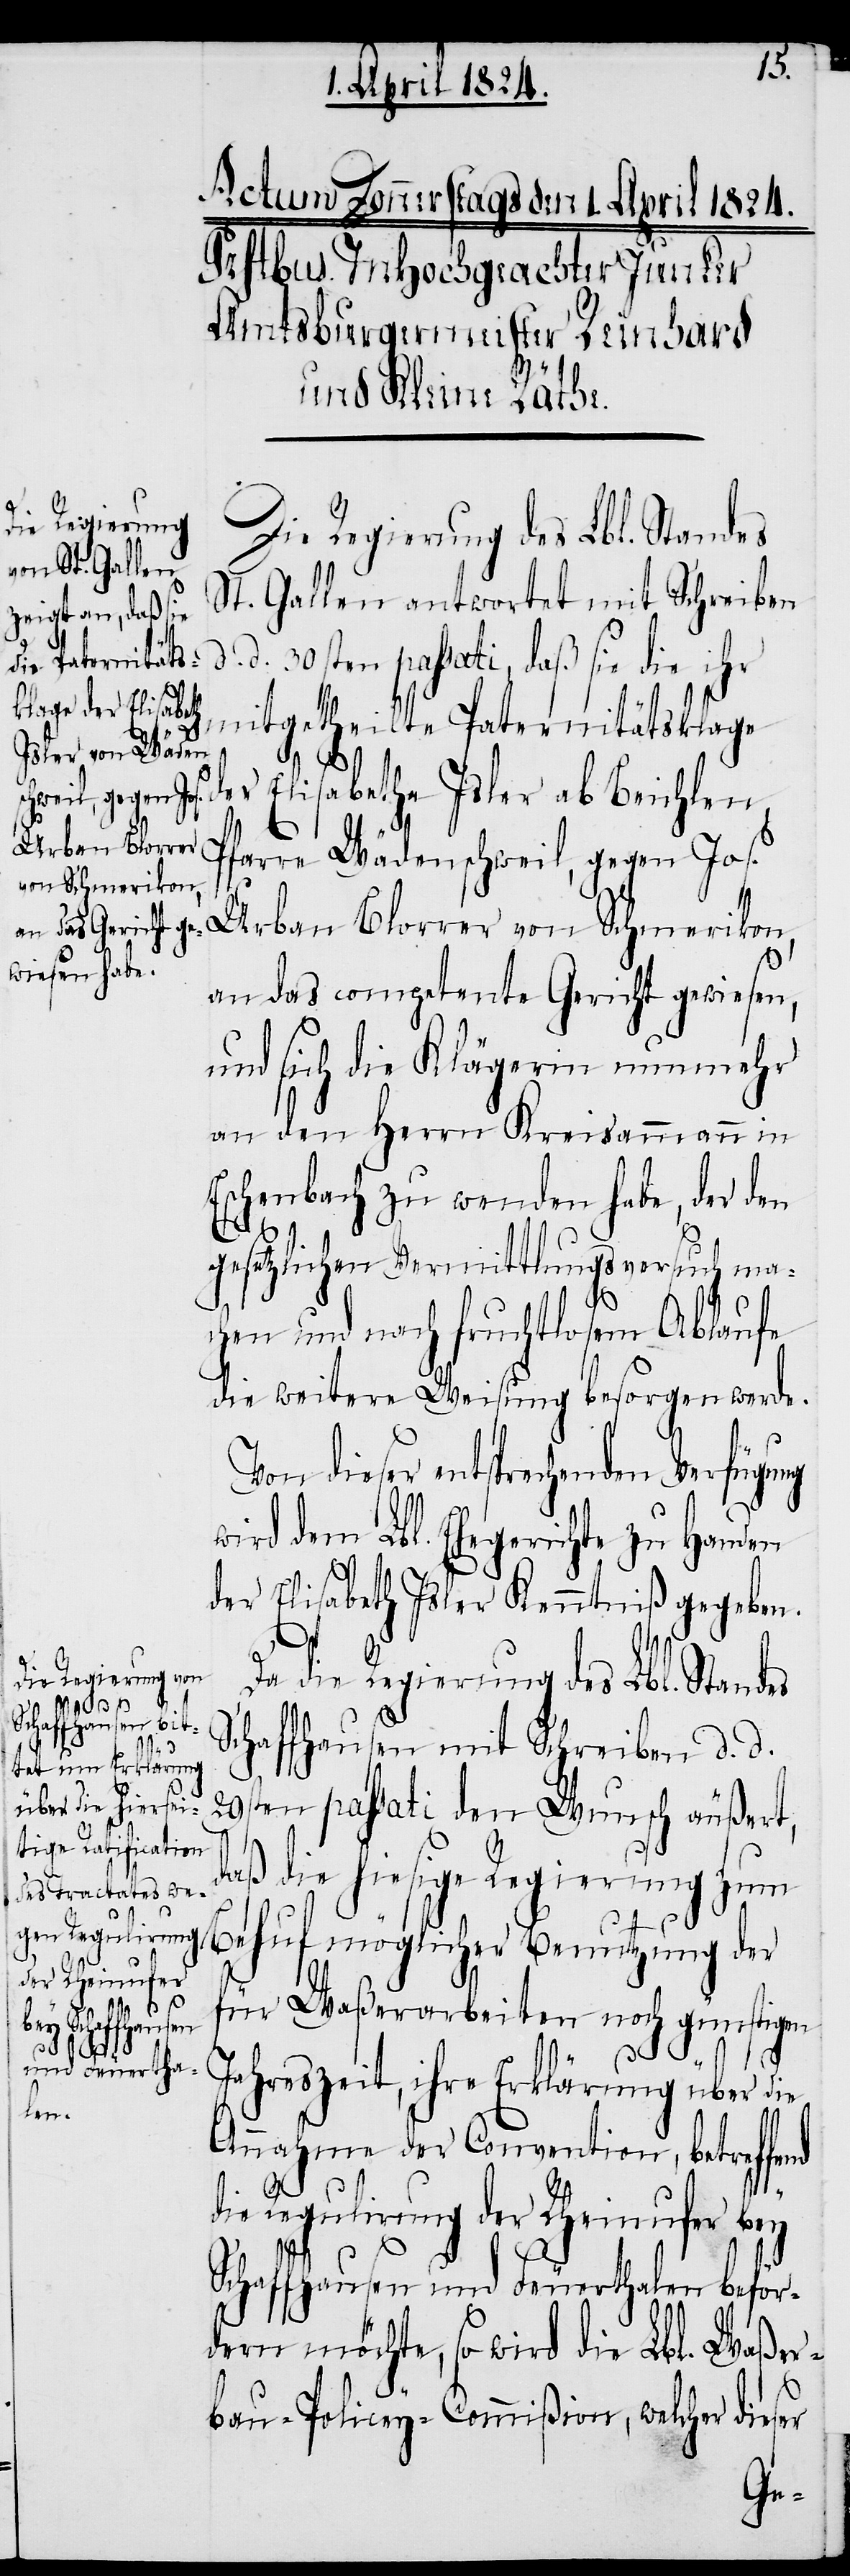
Die Regierung des Lbl. Standes
St. Gallen antwortet, mit Schreiben
d. d. 30sten passati, daß sie die ihr
mitgetheilte Paternitätsklage
der
Elisabetha Isler ab Beichlen,
Pfarre Wädenschweil, gegen Jos.
Urban Blorrer von Schmerikon,
an das competente Gericht gewiesen,
und sich die Klägerin nunmehr
an den Herrn Kreisammann in
Eschenbach zu wenden habe, der den
gesetzlichen Vermittlungsversuch ma¬
chen und nach fruchtlosem Ablaufe
die weitere Weisung besorgen werde.
Von dieser entsprechenden Verfügung
wird dem Lbl. Ehegerichte zu Handen
der Elisabeth Isler Kenntniß gegeben.
Da die Regierung des Lbl. Standes
Schaffhausen mit Schreiben d. d.
29sten passati den Wunsch äußert,
daß die hiesige Regierung zum
Behuf möglicher Benutzung der
für Waßerarbeiten noch günstigen
Jahreszeit, ihre Erklärung über die
Annahme der Convention, betreffe¬
die Regulirung der Rheinufer bey
Schaffhausen und Feuerthalen beför¬
dern möchte, so wird die Lbl. Waßer¬
nd
bau-Policey-Commißion, welcher dieser